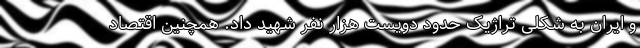
و ایران به شکلی تراژیک حدود دویست هزار نفر شهید داد. همچنین اقتصاد